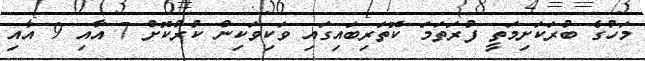
މަހުގެ ބުރަކަށިމަތީ ފުރަތަމަ ކޮތަރިބައިގައި ވަކިވަކިން ކުރުކޮށް 7 އާއި 9 އާއި